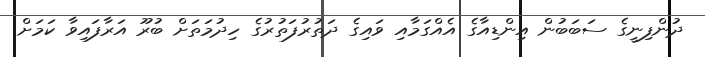
ދުންފިނީގެ ސަބަބުން އިންޑިއާގެ އެއްގަމާއި ވައިގެ ދަތުރުފަތުރުގެ ހިދުމަތަށް ބުރޫ އަރާފައިވާ ކަމަށް